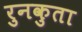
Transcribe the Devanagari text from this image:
रुनकुता